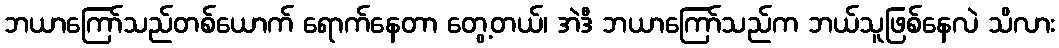
ဘယာကြော်သည်တစ်ယောက် ရောက်နေတာ တွေ့တယ်၊ အဲဒီ ဘယာကြော်သည်က ဘယ်သူဖြစ်နေလဲ သိလား